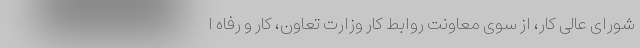
شورای عالی کار، از سوی معاونت روابط کار وزارت تعاون، کار و رفاه ا